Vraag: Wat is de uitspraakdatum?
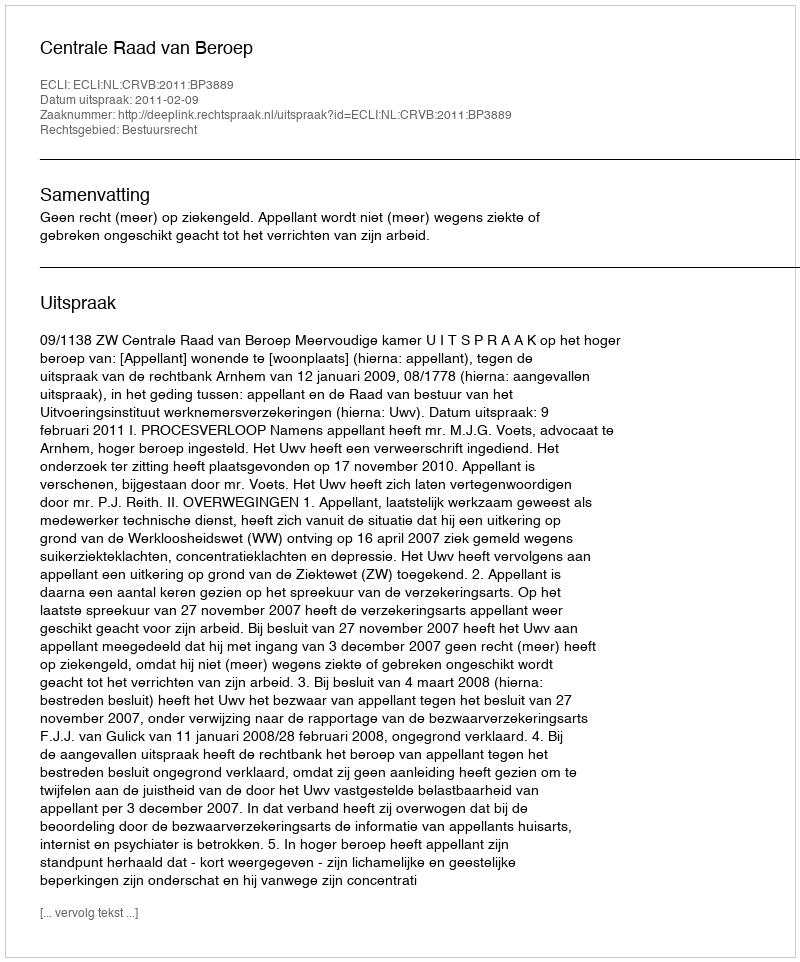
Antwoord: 2011-02-09